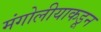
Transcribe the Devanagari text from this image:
मंगोलीयाकडून